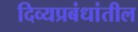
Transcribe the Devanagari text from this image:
दिव्यप्रबंधांतील